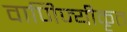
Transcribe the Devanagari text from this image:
वाणिज्यीकृत